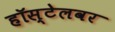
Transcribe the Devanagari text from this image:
हॉस्टेलवर